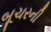
બૂચરની